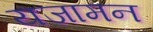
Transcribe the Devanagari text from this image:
यजामन